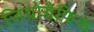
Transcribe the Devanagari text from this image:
जियोग्रैफिक